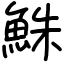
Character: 鮢